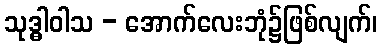
သုဒ္ဓါဝါသ - အောက်လေးဘုံ၌ဖြစ်လျက်၊